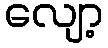
လျော့